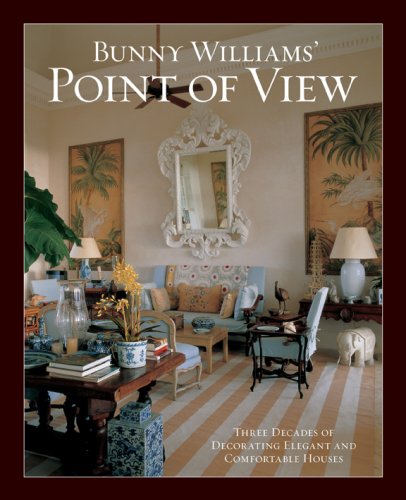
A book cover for Bunny Williams' Point of View; Bunny Williams; Arts & Photography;